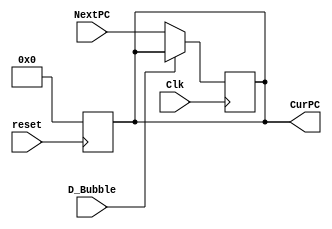
`timescale 1ns / 1ps
//////////////////////////////////////////////////////////////////////////////////
// Company: 
// Engineer: 
// 
// Design Name: 
// Module Name: PC
// Project Name: 
// Target Devices: 
// Tool Versions: 
// Description: 
// 
// Dependencies: 
// 
// Revision:
// Revision 0.01 - File Created
// Additional Comments:
// 
//////////////////////////////////////////////////////////////////////////////////


module PC(
    input [31:0] NextPC,
    input D_Bubble,
    input Clk,
    input reset,
    output [31:0] CurPC
    );
    reg [31:0] PCReg;
    
    
    always @ (posedge Clk)
        begin
            if(D_Bubble == 0) PCReg = NextPC;
        end
    assign CurPC = PCReg;
    
    always @ (posedge reset)
        begin
            PCReg = 0;
        end
endmodule